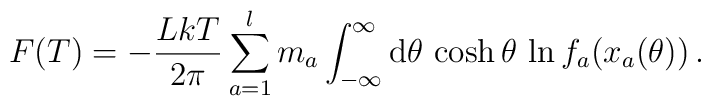
F(T)=-\frac{LkT}{2\pi } \sum_{a=1}^l m_a  \int_{-\infty}^{\infty} {\rm d}\theta \, \cosh \theta \, \ln f_{a} (x_a (\theta)) \, .